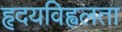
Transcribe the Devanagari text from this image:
हृदयविह्वलता